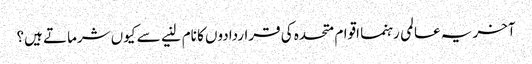
آخر یہ عالمی رہنما اقوام متحدہ کی قراردادوں کا نام لنیے سے کیوں شرماتے ہیں؟